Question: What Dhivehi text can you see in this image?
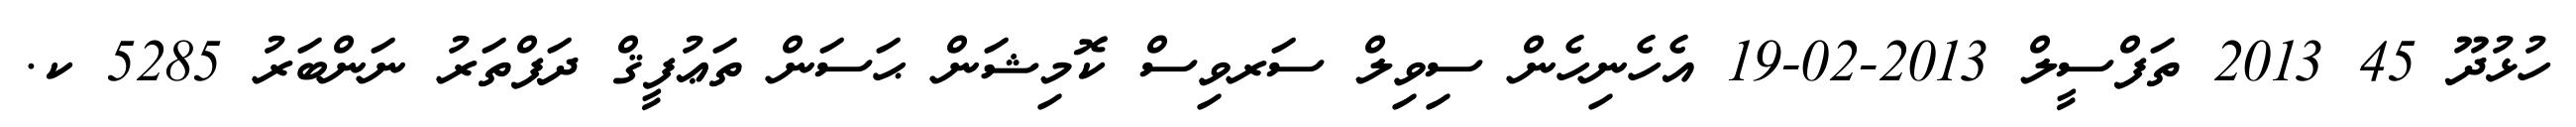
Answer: ހުޅުދޫ 45 2013 ތަފްސީލް 2013-02-19 އެހެނިހެން ސިވިލް ސަރވިސް ކޮމިޝަން ޙަސަން ތަޢުފީޤް ދަފްތަރު ނަންބަރު 5285 ކ.